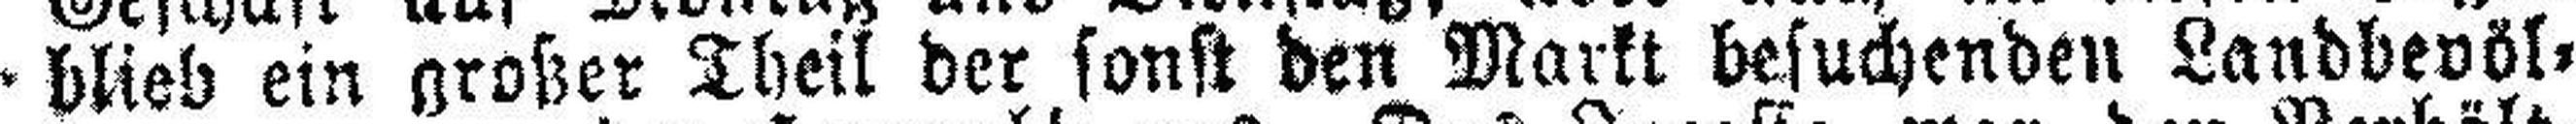
blieb ein großer Theil der sonst den Markt besuchenden Landbevöl¬